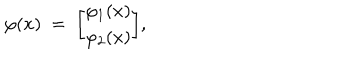
\varphi ( x ) \ = \ { \varphi _ { 1 } ( x ) \brack \varphi _ { 2 } ( x ) } ,